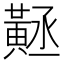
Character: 𪎻